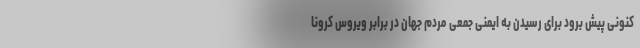
کنونی پیش برود برای رسیدن به ایمنی جمعی مردم جهان در برابر ویروس کرونا